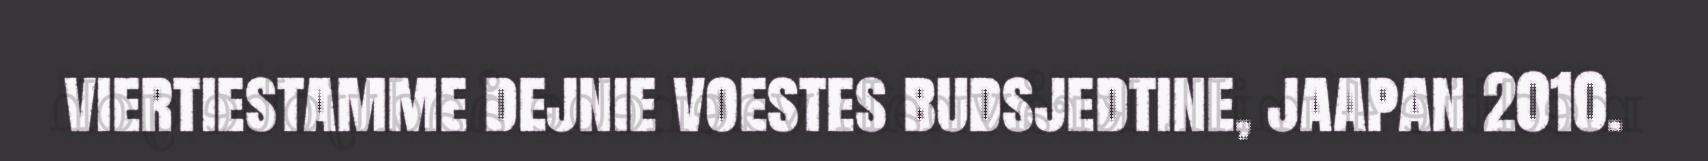
viertiestamme dejnie voestes budsjedtine, jaapan 2010.